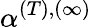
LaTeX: \alpha^{(T),(\infty)}